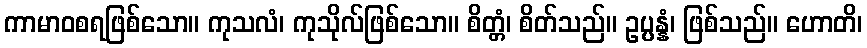
ကာမာဝစရဖြစ်သော။ ကုသလံ၊ ကုသိုလ်ဖြစ်သော။ စိတ္တံ၊ စိတ်သည်။ ဥပ္ပန္နံ၊ ဖြစ်သည်။ ဟောတိ၊